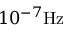
1 0 ^ { - 7 } \mathrm { H z }